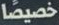
خصيصا